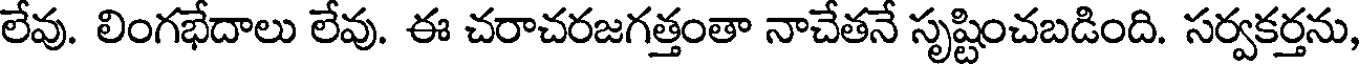
లేవు. లింగభేదాలు లేవు. ఈ చరాచరజగత్తంతా నాచేతనే సృష్టించబడింది. సర్వకర్తను,